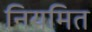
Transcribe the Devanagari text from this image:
नियमित